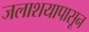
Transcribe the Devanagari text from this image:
जलाशयापासून